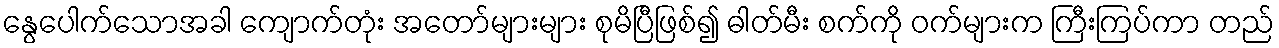
နွေပေါက်သောအခါ ကျောက်တုံး အတော်များများ စုမိပြီဖြစ်၍ ဓါတ်မီး စက်ကို ဝက်များက ကြီးကြပ်ကာ တည်